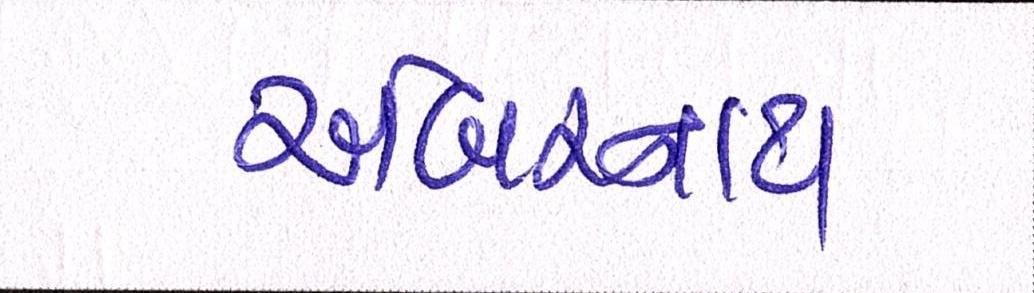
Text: અંબરનાથ